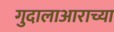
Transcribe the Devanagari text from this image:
गुदालाआराच्या